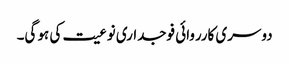
دوسری کارروائی فوجداری نوعیت کی ہو گی۔